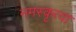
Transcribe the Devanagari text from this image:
नमस्कृत्वा